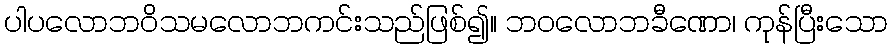
ပါပလောဘဝိသမလောဘကင်းသည်ဖြစ်၍။ ဘဝလောဘခီဏော၊ ကုန်ပြီးသော